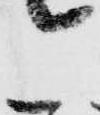
こ